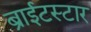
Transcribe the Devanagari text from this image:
ब्राईटस्टार